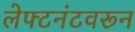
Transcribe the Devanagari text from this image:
लेफ्टनंटवरून